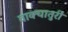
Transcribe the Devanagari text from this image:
वाक्चातुरी